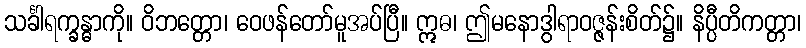
သင်္ခါရက္ခန္ဓာကို။ ဝိဘတ္တော၊ ဝေဖန်တော်မူအပ်ပြီ။ ဣဓ၊ ဤမနောဒွါရာဝဇ္ဇန်းစိတ်၌။ နိပ္ပီတိကတ္တာ၊